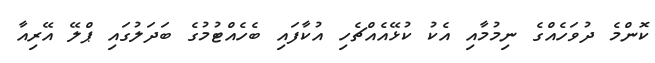
ކޮންމެ ދުވަހެއްގެ ނިމުމާއި އެކު ކުޅޭއެއްޗެހި އުކާފައި ބެހެއްޓުމުގެ ބަދަލުގައި ޕްލޭ އޭރިއާ